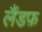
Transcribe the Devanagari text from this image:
लैंडफ़